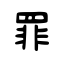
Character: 罪